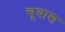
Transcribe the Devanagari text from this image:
चूवाश